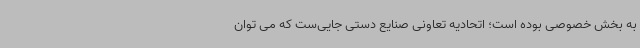
به بخش خصوصی بوده است؛ اتحادیه تعاونی صنایع دستی جایی‌ست که می توان